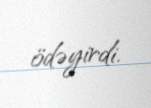
ödəyirdi.